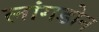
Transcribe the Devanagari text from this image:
लांगडोन